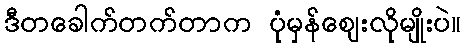
ဒီတခေါက်တက်တာက ပုံမှန်ဈေးလိုမျိုးပဲ။